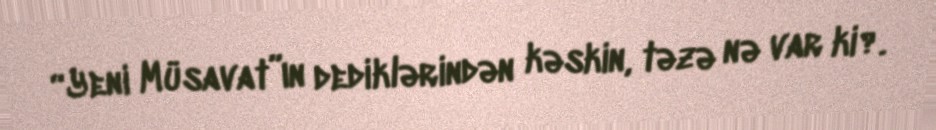
“Yeni Müsavat”ın dediklərindən kəskin, təzə nə var ki?.